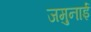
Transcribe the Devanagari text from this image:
जमुनाई